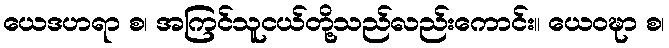
ယေဒဟရာ စ၊ အကြင်သူငယ်တို့သည်လည်းကောင်း။ ယေဝဍ္ဎာ စ၊